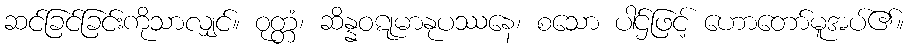
ဆင်ခြင်ခြင်းကိုသာလျှင်။ ဝုတ္တံ၊ ဆိန္နဝဋုမာနုပဿနေ၊ စသော ပါဌ်ဖြင့် ဟောတော်မူအပ်၏။